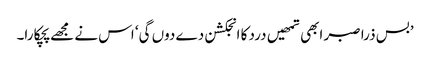
’بس ذرا صبر ابھی تمھیں درد کا انجکشن دے دوں گی‘ اس نے مجھے پچکارا۔